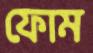
ফোম